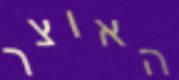
האוצר